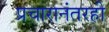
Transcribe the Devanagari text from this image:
प्रचारानंतरही